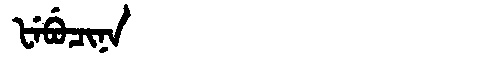
Manchu: ᡶᡝᠪᡠᠴᡳᠨᠠ
Romanization: FEBUCINA